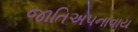
જાતિઅપનાવાય